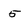
Character: 5